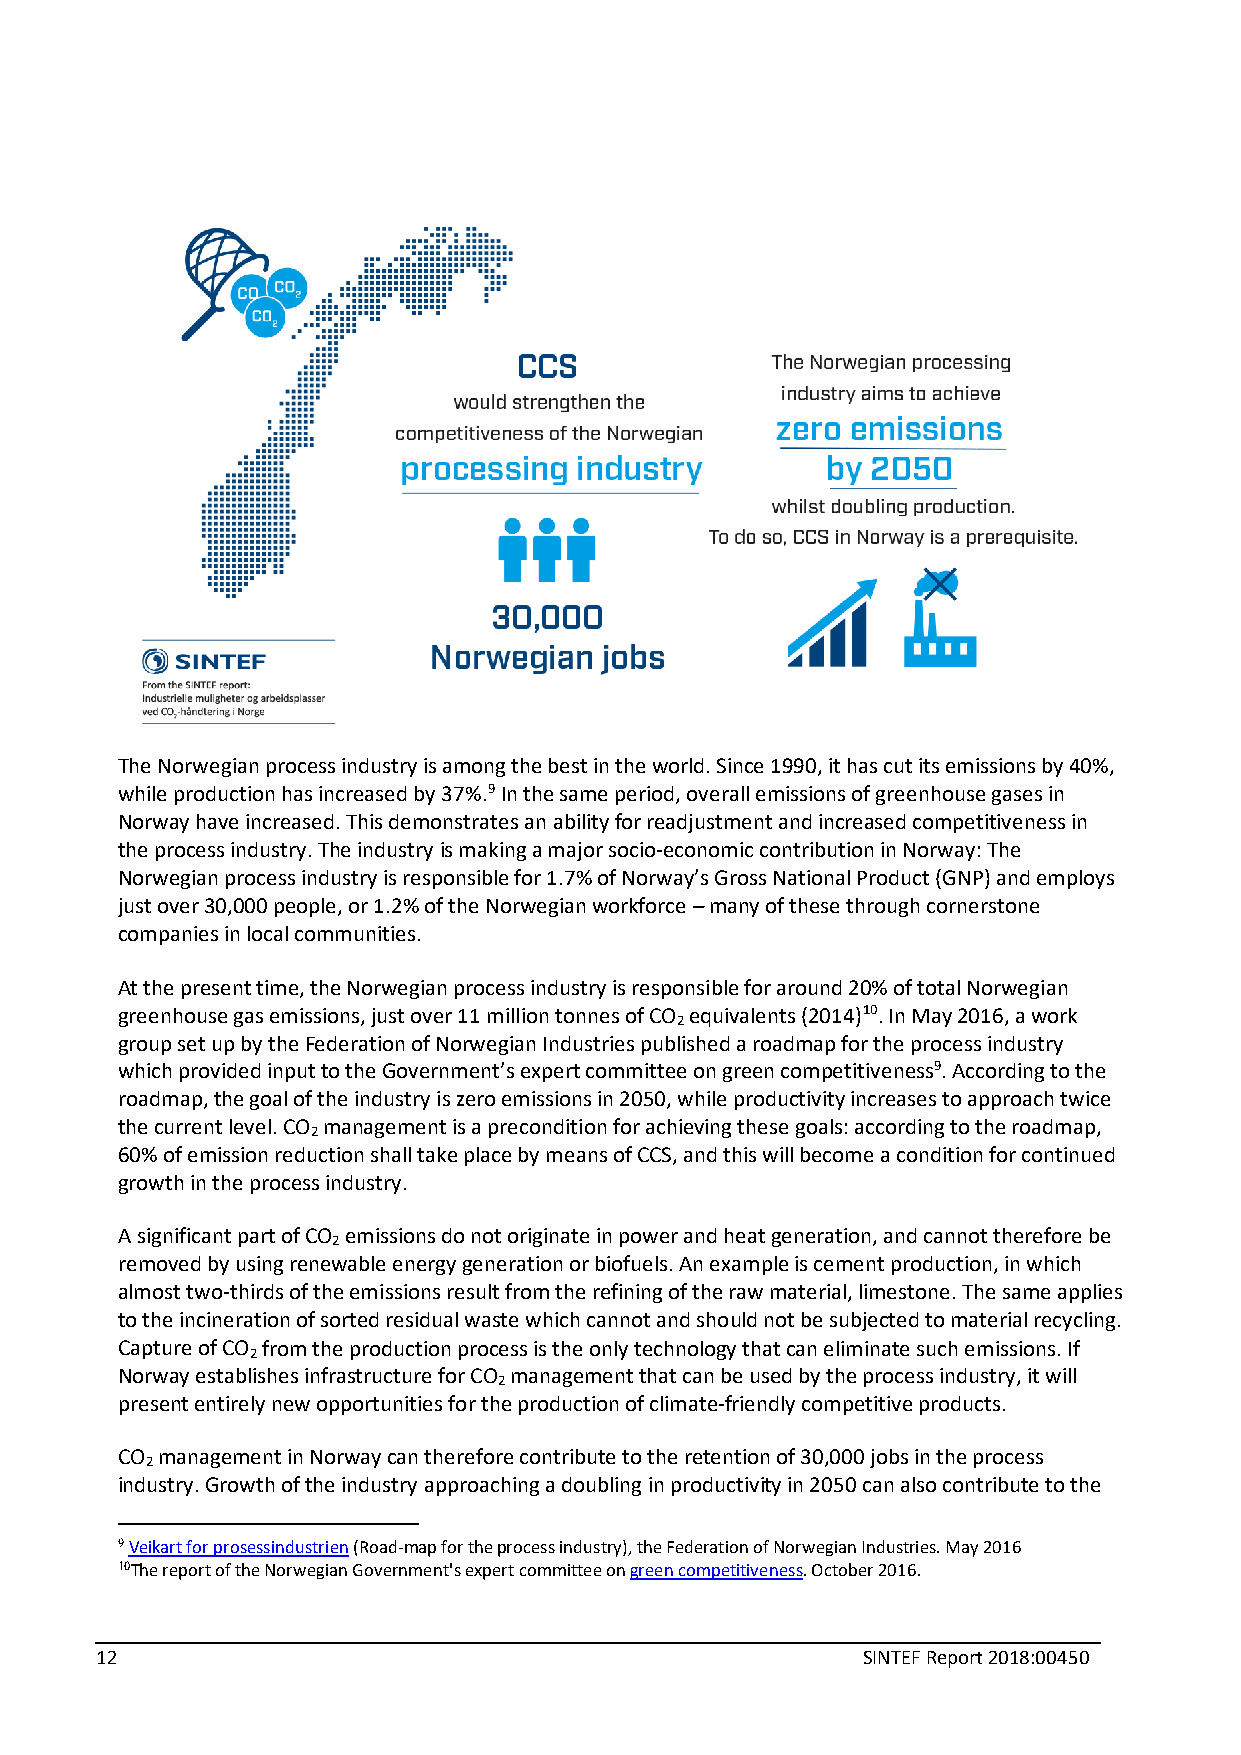
The Norwegian process industry is among the best in the world. Since 1990, it has cut its emissions by 40%,
 while production has increased by 37%.9 In the same period, overall emissions of greenhouse gases in
 Norway have increased. This demonstrates an ability for readjustment and increased competitiveness in
 the process industry. The industry is making a major socio-economic contribution in Norway: The
 Norwegian process industry is responsible for 1.7% of Norway’s Gross National Product (GNP) and employs
 just over 30,000 people, or 1.2% of the Norwegian workforce – many of these through cornerstone
 companies in local communities.
 At the present time, the Norwegian process industry is responsible for around 20% of total Norwegian
 greenhouse gas emissions, just over 11 million tonnes of CO equivalents (2014)10. In May 2016, a work
 2
 group set up by the Federation of Norwegian Industries published a roadmap for the process industry
 which provided input to the Government’s expert committee on green competitiveness9. According to the
 roadmap, the goal of the industry is zero emissions in 2050, while productivity increases to approach twice
 the current level. CO management is a precondition for achieving these goals: according to the roadmap,
 2
 60% of emission reduction shall take place by means of CCS, and this will become a condition for continued
 growth in the process industry.
 A significant part of CO emissions do not originate in power and heat generation, and cannot therefore be
 2
 removed by using renewable energy generation or biofuels. An example is cement production, in which
 almost two-thirds of the emissions result from the refining of the raw material, limestone. The same applies
 to the incineration of sorted residual waste which cannot and should not be subjected to material recycling.
 Capture of CO from the production process is the only technology that can eliminate such emissions. If
 2
 Norway establishes infrastructure for CO management that can be used by the process industry, it will
 2
 present entirely new opportunities for the production of climate-friendly competitive products.
 CO management in Norway can therefore contribute to the retention of 30,000 jobs in the process
 2
 industry. Growth of the industry approaching a doubling in productivity in 2050 can also contribute to the
 9 Veikart for prosessindustrien (Road-map for the process industry), the Federation of Norwegian Industries. May 2016
 10The report of the Norwegian Government's expert committee on green competitiveness. October 2016.
 12                                                 SINTEF Report 2018:00450